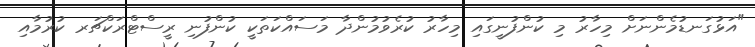
"އަޅުގަނޑުމެންނަށް މިހާރު މި ކުންފުނީގައި މިހާރު ކުރެވުމުންދާ މަސައްކަތަކީ ކުންފުނި ރީސްޓްރަކްޗަރ ކުރުމާއި